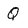
Character: Q